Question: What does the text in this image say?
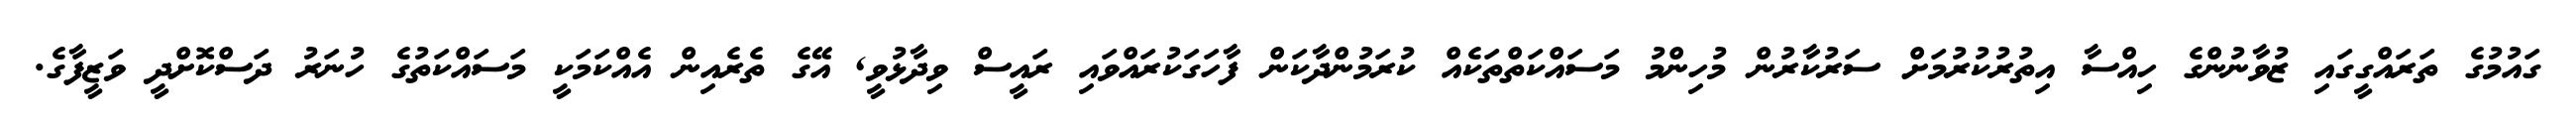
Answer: ގައުމުގެ ތަރައްގީގައި ޒުވާނުންގެ ހިއްސާ އިތުރުކުރުމަށް ސަރުކާރުން މުހިންމު މަސައްކަތްތަކެއް ކުރަމުންދާކަން ފާހަގަކުރައްވައި ރައީސް ވިދާޅުވީ, އޭގެ ތެރެއިން އެއްކަމަކީ މަސައްކަތުގެ ހުނަރު ދަސްކޮށްދީ ވަޒީފާގެ.